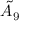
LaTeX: { \tilde { A } } _ { 9 }